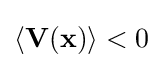
\langle \mathbf {V} (\mathbf {x} )\rangle <0